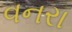
વનરા